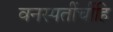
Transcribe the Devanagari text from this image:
वनस्पतींचींहि